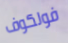
فولكوف